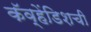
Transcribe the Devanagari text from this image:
कॅव्हेंडिशची